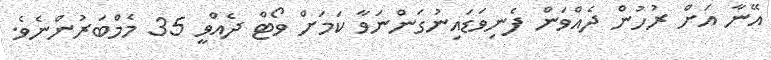
އޭނާ އަށް ރުހުން ދެއްވަން ފެނިވަޑައިނުގަންނަވާ ކަމަށް ވޯޓް ދެއްވީ 35 މެމްބަރުންނެވެ.